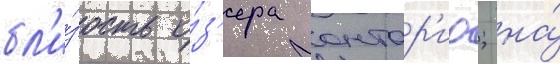
бл'и́зость о́з'ера онтар'ио; на́